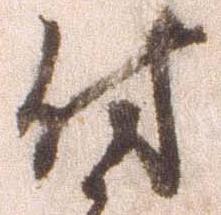
付